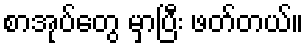
စာအုပ်တွေ မှာပြီး ဖတ်တယ်။